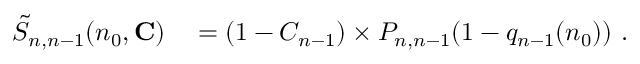
\begin{array} { r l } { \tilde { S } _ { n , n - 1 } ( n _ { 0 } , \mathbf { C } ) } & { { } = ( 1 - C _ { n - 1 } ) \times P _ { n , n - 1 } ( 1 - q _ { n - 1 } ( n _ { 0 } ) ) \ . } \end{array}